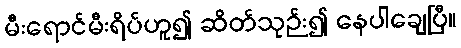
မီးရောင်မီးရိပ်ဟူ၍ ဆိတ်သုဉ်း၍ နေပါချေပြီ။